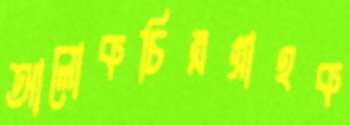
আলোকচিত্রগ্রাহক